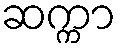
ဆက္ကာ